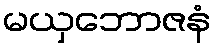
မယှဘောဇနံ